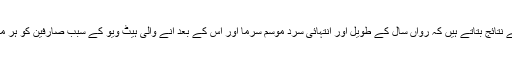
تفصیلات کے مطابق برطانیہ کے ایک ادارے کی جانب سے کیے جانے والے سروے کے نتائج بتاتے ہیں کہ رواں سال کے طویل اور انتہائی سرد موسمِ سرما اور اس کے بعد آنے والی ہیٹ ویو کے سبب صارفین کو ہر ماہ اضافی سات پاؤنڈ صرف اشیائے خورد و نوش کی خریداری میں خرچ کرنا پڑرہے ہیں۔